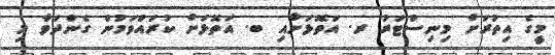
މީގެ އިތުރަށް މިނިސްޓަރު ރ. އަތޮޅަށާއި ބ. އަތޮޅަށް ކުރައްވަމުން ގެންދަވާ މި